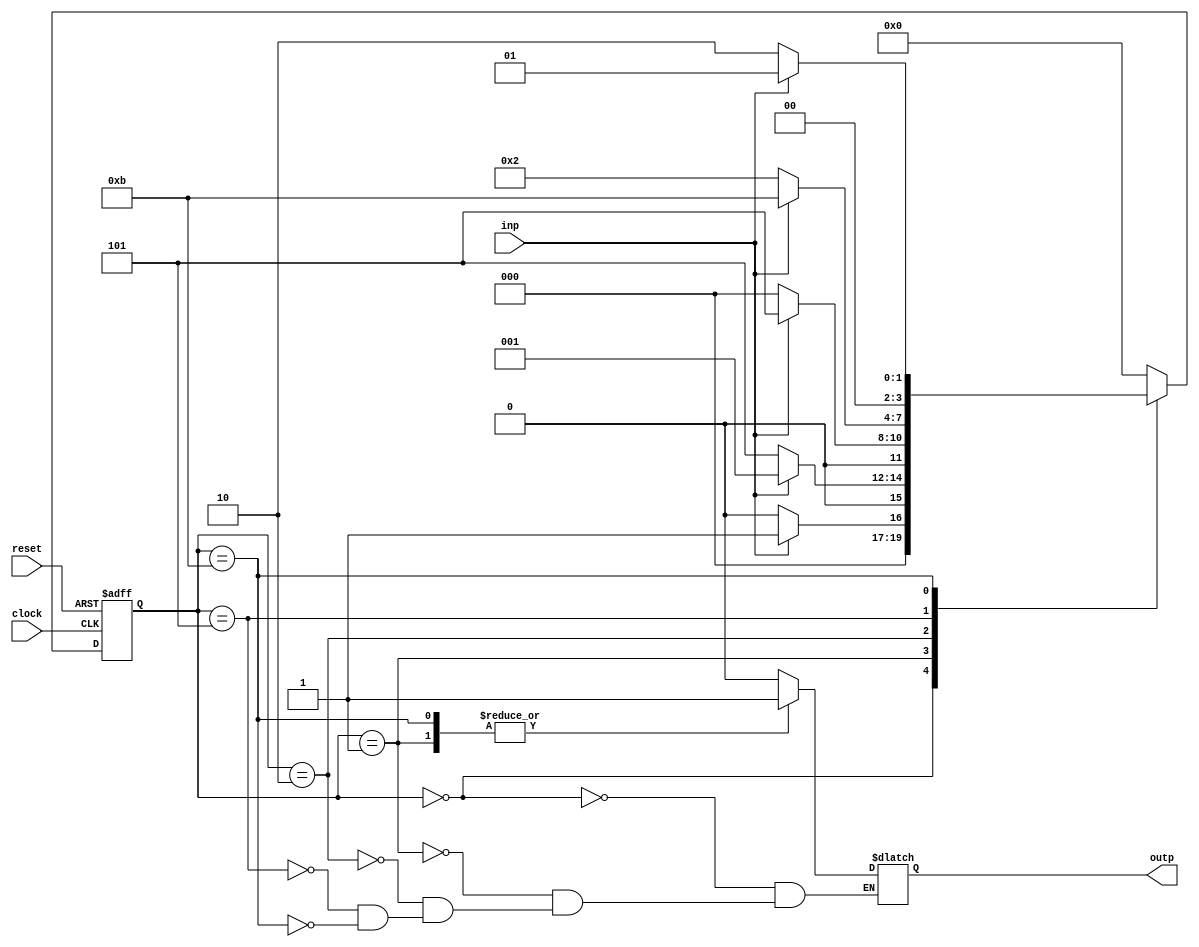
module sequence_detector(
	input inp, reset, clock,
	output reg outp);

parameter 
	ZERO = 4'b0000,
	ONE = 4'b0001,
	ONEzero = 4'b0010,
	ONEzeroONE = 4'b0101,
	ONEzeroONEone = 4'b1011;
	
	reg[3:0] current_state, next_state;
	
	always @(posedge clock, posedge reset) begin
		if(reset==1) current_state<= ZERO;
		else current_state<=next_state;
	end
	
	always @(current_state, inp) begin
		case(current_state)
			ZERO: begin
					if(inp==1) next_state = ONE;
					else next_state = ZERO;
				end
			ONE: begin
					if(inp==0) next_state = ONEzeroONE;
					else next_state = ONE;
				end
			ONEzero: begin
					if(inp==0) next_state = ZERO;
					else next_state = ONEzeroONE;
				end
			ONEzeroONE: begin
					if(inp==0) next_state = ONEzero;
					else next_state = ONEzeroONEone;
				end
			ONEzeroONEone: begin
					if(inp==0) next_state = ONEzero;
					else next_state = ONE;
				end
			default: next_state = ZERO;
		endcase
	end
	
	always @(current_state) begin
		case(current_state)
			ZERO: outp<=0;
			ONE : outp<=1;
			ONEzero: outp<=0;
			ONEzeroONE: outp<=0;
			ONEzeroONEone: outp<=1;
		endcase
	end

endmodule